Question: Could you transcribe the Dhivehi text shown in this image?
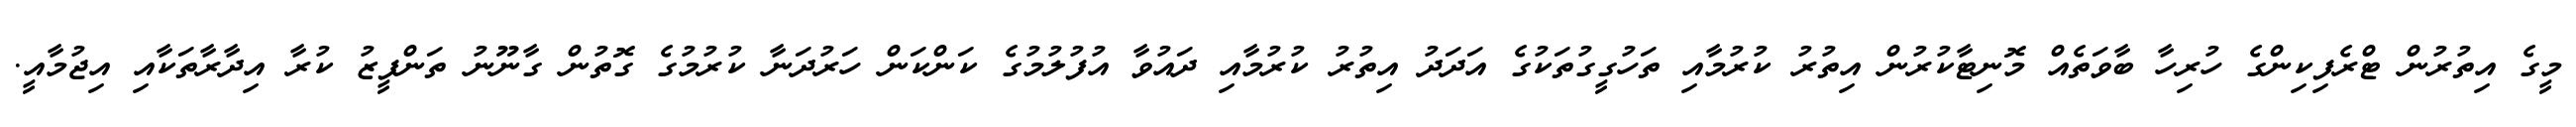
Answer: މީގެ އިތުރުން ޓްރެފިކިންގެ ހުރިހާ ބާވަތެއް މޮނިޓާކުރުން އިތުރު ކުރުމާއި ތަހުގީގުތަކުގެ އަދަދު އިތުރު ކުރުމާއި ދައުވާ އުފުލުމުގެ ކަންކަން ހަރުދަނާ ކުރުމުގެ ގޮތުން ގާނޫނު ތަންފީޒު ކުރާ އިދާރާތަކާއި އިޖުމާއީ.